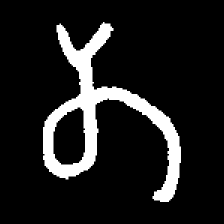
Pyu character \u2014 Myanmar letter: တ (romanized: ta)